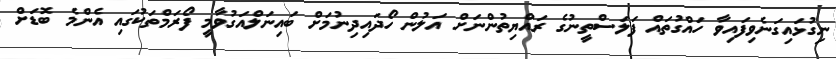
ނިގުޅައިގަނެވިފައިވާ ހައްގުތައް ފަލަސްތީނުގެ ރައްޔިތުންނަށް އަލުން ހޯދައިދިނުމަށް ބައިނަލްއަގުވާމީ ފޯރަމްތަކުގައި އެންމެ ބޮޑަށް